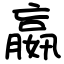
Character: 嬴